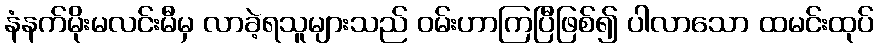
နံနက်မိုးမလင်းမီမှ လာခဲ့ရသူများသည် ဝမ်းဟာကြပြီဖြစ်၍ ပါလာသော ထမင်းထုပ်